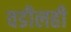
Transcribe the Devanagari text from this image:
वडीलही